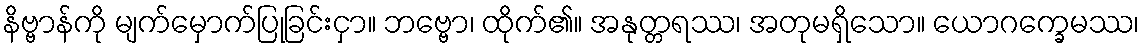
နိဗ္ဗာန်ကို မျက်မှောက်ပြုခြင်းငှာ။ ဘဗ္ဗော၊ ထိုက်၏။ အနုတ္တရဿ၊ အတုမရှိသော။ ယောဂက္ခေမဿ၊